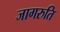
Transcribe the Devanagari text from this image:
जागरुति